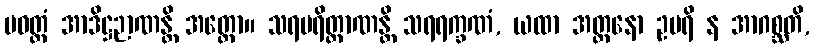
ပဝတ္တံ အာဒိဋ္ဌဉာဏန္တိ အတ္ထော။ သရပရိတ္တာဏန္တိ သရရက္ခဏံ, ယထာ အတ္တနော ဥပရိ န အာဂစ္ဆတိ,